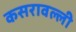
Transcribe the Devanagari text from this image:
कसरावल्ली